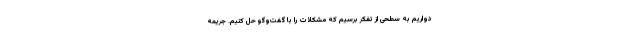
دواریم به سطحی از تفکر برسیم که مشکلات را با گفت‌و‌گو حل کنیم. جریمه